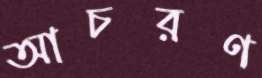
আচরণ